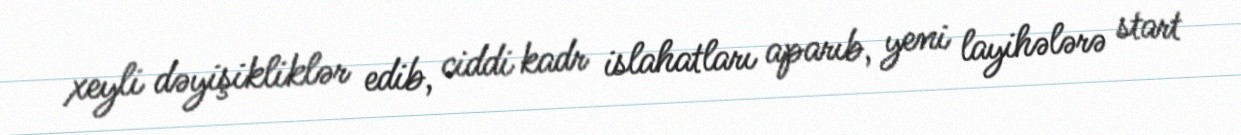
xeyli dəyişikliklər edib, ciddi kadr islahatları aparıb, yeni layihələrə start